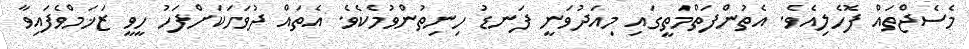
މެސެޖްތައް ފޮހެލިއެވެ. އެތުންފަތްމަތީގައި މިއަދުވަނީ ފަނޑު ހިނިތުންވުމެކެވެ. އެތައް ދުވަހަކަށްފަހު ހީވީ ޒަޚަމްވެފައިވާ